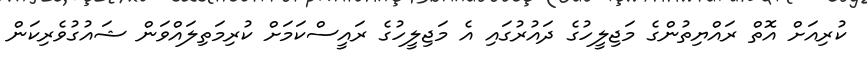
ކުރިއަށް އޮތް ރައްޔިތުންގެ މަޖިލީހުގެ ދައުރުގައި އެ މަޖިލީހުގެ ރައީސްކަމަށް ކުރިމަތިލައްވަން ޝައުގުވެރިކަން